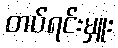
တပ်ရင်းမှူး